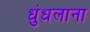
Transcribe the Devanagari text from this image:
धुंधलाना